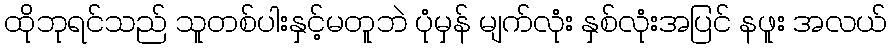
ထိုဘုရင်သည် သူတစ်ပါးနှင့်မတူဘဲ ပုံမှန် မျက်လုံး နှစ်လုံးအပြင် နဖူး အလယ်